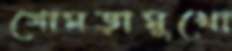
গোমড়ামুখো